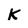
Character: K